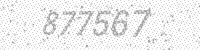
Solution: 877567